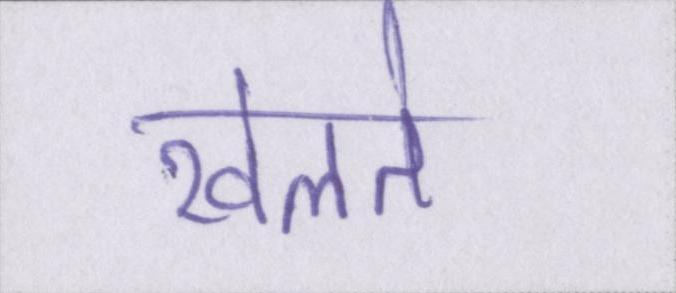
खेलते